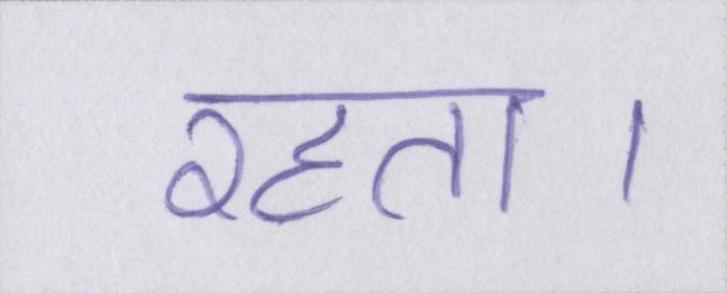
रहता।